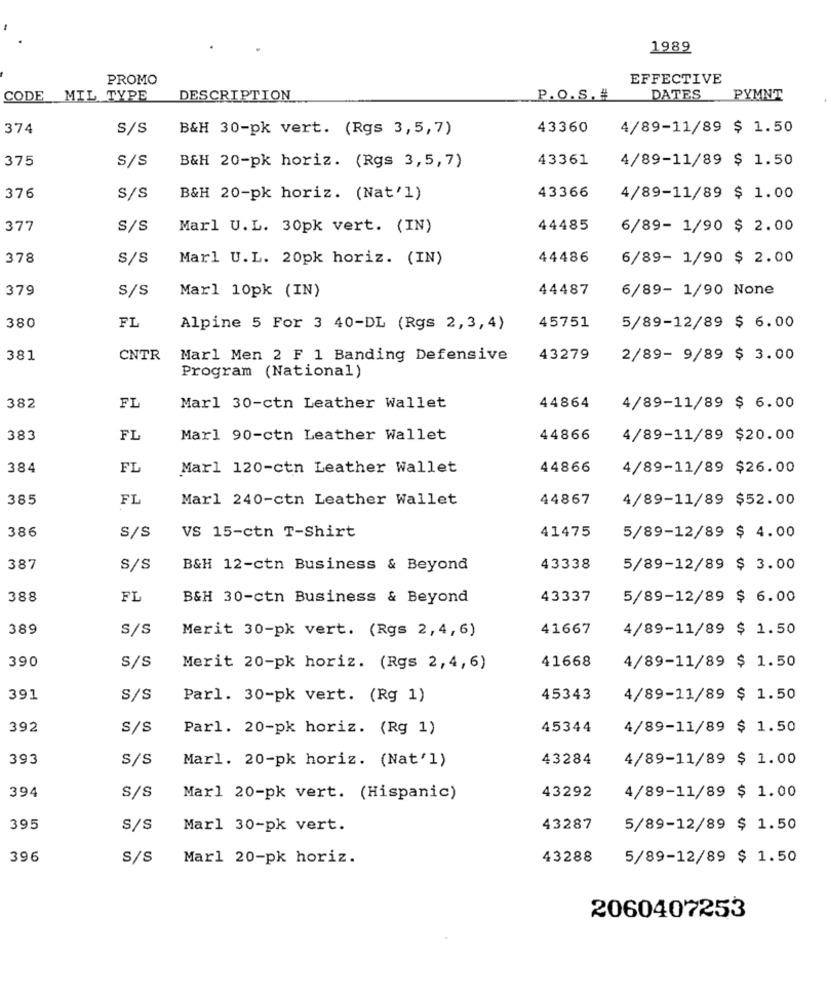
1989
PROMO
EFFECTIVE
CODE MIL TYPE
DESCRIPTION
P.O.S. #
DATES
PYMNT
374
S/S
B&H 30-pk vert. (Rgs 3,5,7)
43360
4/89-11/89 $ 1.50
375
S/S
43361
4/89-11/89 $ 1.50
B&H 20-pk horiz. (Rgs 3,5,7)
43366
376
S/S
B&H 20-pk horiz. (Nat'1)
4/89-11/89 $ 1.00
377
S/S
Marl U.L. 30pk vert. (IN)
44485
6/89- 1/90 $ 2.00
378
S/S
Marl U.L. 20pk horiz. (IN)
44486
6/89- 1/90 $ 2.00
379
S/s
Marl 10pk (IN)
44487
6/89- 1/90 None
45751
380
FI
Alpine 5 For 3 40-DL (Rgs 2,3,4)
5/89-12/89 $ 6.00
381
CNTR
Marl Men 2 F 1 Banding Defensive
43279
2/89- 9/89 $ 3.00
Program (National)
382
FL
Marl 30-ctn Leather Wallet
44864
4/89-11/89 $ 6.00
383
FL
Marl 90-ctn Leather Wallet
44866
4/89-11/89 $20.00
384
FL
Marl 120-ctn Leather Wallet
44866
4/89-11/89 $26.00
385
FL
Mar1 240-ctn Leather Wallet
44867
4/89-11/89 $52.00
386
VS 15-ctn T-Shirt
41475
S/S
5/89-12/89 $ 4.00
387
S/S
B&H 12-ctn Business & Beyond
43338
5/89-12/89 $ 3.00
388
FL
B&H 30-ctn Business & Beyond
43337
5/89-12/89 $ 6.00
389
S/s
Merit 30-pk vert. (Rgs 2,4,6)
41667
4/89-11/89 $ 1.50
390
41668
s/s
Merit 20-pk horiz. (Rgs 2,4,6)
4/89-11/89 $ 1.50
391
S/S
Parl. 30-pk vert. (Rg 1)
45343
4/89-11/89 $ 1.50
392
S/S
Parl. 20-pk horiz. (Rg 1)
45344
4/89-11/89 $ 1.50
393
S/S
43284
4/89-11/89 $ 1.00
Marl. 20-pk horiz. (Nat'l)
394
S/S
Marl 20-pk vert. (Hispanic)
43292
4/89-11/89 $ 1.00
395
S/S
Marl 30-pk vert.
43287
5/89-12/89 $ 1.50
396
S/S
Marl 20-pk horiz.
43288
5/89-12/89 $ 1.50
2060407253